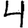
Digit: 4